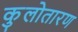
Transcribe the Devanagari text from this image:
कुलोतारण